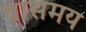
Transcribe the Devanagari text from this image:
त्रासमय